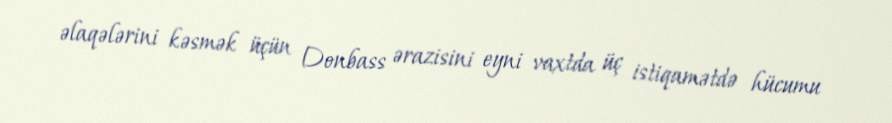
əlaqələrini kəsmək üçün Donbass ərazisini eyni vaxtda üç istiqamətdə hücumu